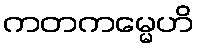
ကတကမ္မေဟိ